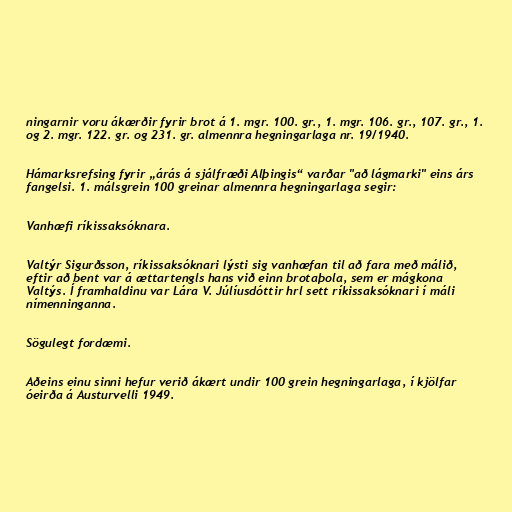
ningarnir voru ákærðir fyrir brot á 1. mgr. 100. gr., 1. mgr. 106. gr., 107. gr., 1.
og 2. mgr. 122. gr. og 231. gr. almennra hegningarlaga nr. 19/1940.

Hámarksrefsing fyrir „árás á sjálfræði Alþingis“ varðar "að lágmarki" eins árs
fangelsi. 1. málsgrein 100 greinar almennra hegningarlaga segir:

Vanhæfi ríkissaksóknara.

Valtýr Sigurðsson, ríkissaksóknari lýsti sig vanhæfan til að fara með málið,
eftir að bent var á ættartengls hans við einn brotaþola, sem er mágkona
Valtýs. Í framhaldinu var Lára V. Júlíusdóttir hrl sett ríkissaksóknari í máli
nímenninganna.

Sögulegt fordæmi.

Aðeins einu sinni hefur verið ákært undir 100 grein hegningarlaga, í kjölfar
óeirða á Austurvelli 1949.